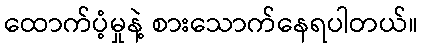
ထောက်ပံ့မှုနဲ့ စားသောက်နေရပါတယ်။